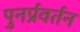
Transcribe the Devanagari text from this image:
पुनर्प्रवर्तन